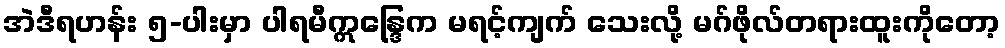
အဲဒီရဟန်း ၅-ပါးမှာ ပါရမီဣန္ဒြေက မရင့်ကျက် သေးလို့ မဂ်ဖိုလ်တရားထူးကိုတော့